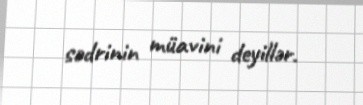
sədrinin müavini deyillər.